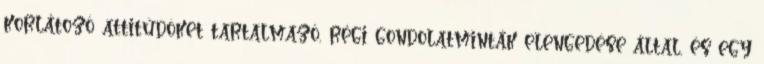
korlátozó attitűdöket tartalmazó, régi gondolatminták elengedése által, és egy